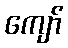
ကျော်